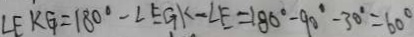
\angle E K G = 1 8 0 ^ { \circ } - \angle E G K - \angle E = 1 8 0 ^ { \circ } - 9 0 ^ { \circ } - 3 0 ^ { \circ } = 6 0 ^ { \circ }